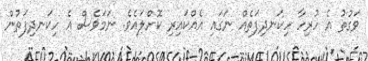
ވަގުތު އެ ހުރިހާ ހިކަނދިފަތެއް ނަގައި އެއްކައިރި ކޮށްލައެވެ. ނަމަވެސް އެ ހިކަނދިފަތުން